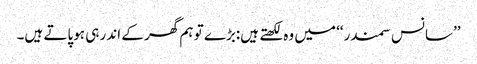
’’سانس سمندر‘‘ میں وہ لکھتے ہیں:بڑے تو ہم گھر کے اندر ہی ہوپاتے ہیں۔